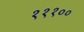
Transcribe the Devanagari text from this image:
१११००